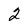
Character: 2